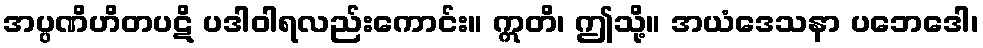
အပ္ပဏိဟိတပဋိ ပဒါဝါရလည်းကောင်း။ ဣတိ၊ ဤသို့။ အယံဒေသနာ ပဘေဒေါ၊